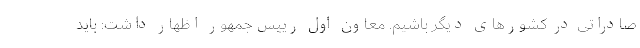
صادراتی در کشورهای دیگر باشیم. معاون اول رییس جمهور اظهار داشت: باید